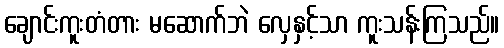
ချောင်းကူးတံတား မဆောက်ဘဲ လှေနှင့်သာ ကူးသန်းကြသည်။